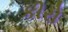
કીરો